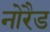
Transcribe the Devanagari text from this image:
नोरैड